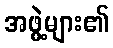
အဖွဲ့များ၏